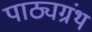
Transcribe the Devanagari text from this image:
पाठ्यग्रंथ